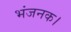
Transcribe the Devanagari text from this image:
भंजनक।